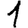
Digit: 1